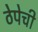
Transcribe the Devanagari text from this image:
ठेपेची